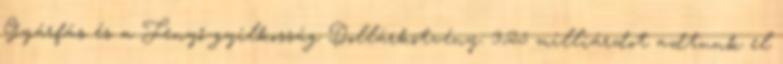
Gyárfás és a Fenyő-gyilkosság Dollárkötvény: 3,25 milliárdot adtunk el